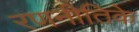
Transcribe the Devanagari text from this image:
रणनीतिके